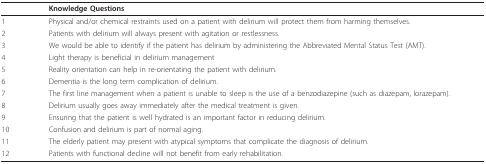
<table><thead><tr><td></td><td><b>Knowledge Questions</b></td></tr></thead><tbody><tr><td>1</td><td>Physical and/or chemical restraints used on a patient with delirium will protect them from harming themselves.</td></tr><tr><td>2</td><td>Patients with delirium will always present with agitation or restlessness.</td></tr><tr><td>3</td><td>We would be able to identify if the patient has delirium by administering the Abbreviated Mental Status Test (AMT).</td></tr><tr><td>4</td><td>Light therapy is beneficial in delirium management</td></tr><tr><td>5</td><td>Reality orientation can help in re-orientating the patient with delirium.</td></tr><tr><td>6</td><td>Dementia is the long term complication of delirium.</td></tr><tr><td>7</td><td>The first line management when a patient is unable to sleep is the use of a benzodiazepine (such as diazepam, lorazepam).</td></tr><tr><td>8</td><td>Delirium usually goes away immediately after the medical treatment is given.</td></tr><tr><td>9</td><td>Ensuring that the patient is well hydrated is an important factor in reducing delirium.</td></tr><tr><td>10</td><td>Confusion and delirium is part of normal aging.</td></tr><tr><td>11</td><td>The elderly patient may present with atypical symptoms that complicate the diagnosis of delirium.</td></tr><tr><td>12</td><td>Patients with functional decline will not benefit from early rehabilitation.</td></tr></tbody></table>